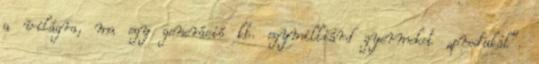
a világra, ma egy generáció kb. egymilliárd gyermeket „produkál”.